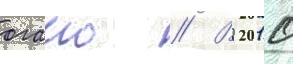
огаио // В 2010